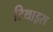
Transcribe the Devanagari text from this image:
टिथाइस